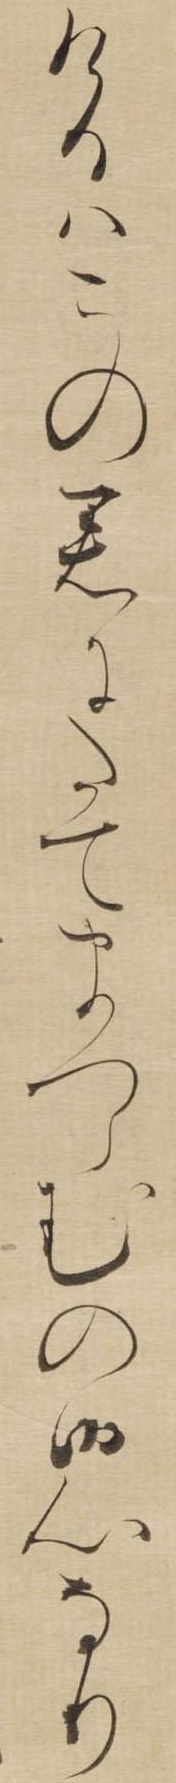
けるはこの君にたてまつらんの御心なり